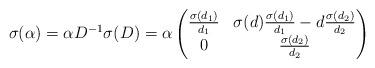
LaTeX: \begin{align*}\sigma(\alpha) = \alpha D^{-1} \sigma(D) = \alpha \begin{pmatrix}\frac{\sigma(d_1)}{d_1} & \sigma(d)\frac{\sigma(d_1)}{d_1} - d \frac{\sigma(d_2)}{d_2}\\ 0 & \frac{\sigma(d_2)}{d_2}\end{pmatrix}\end{align*}